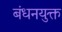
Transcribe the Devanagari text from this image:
बंधनयुक्त